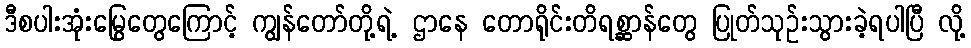
ဒီစပါးအုံးမြွေတွေကြောင့် ကျွန်တော်တို့ရဲ့ ဌာနေ တောရိုင်းတိရစ္ဆာန်တွေ ပြုတ်သုဉ်းသွားခဲ့ရပါပြီ လို့